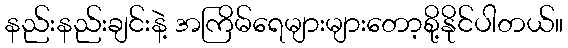
နည်းနည်းချင်းနဲ့ အကြိမ်ရေများများတော့စို့နိုင်ပါတယ်။